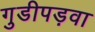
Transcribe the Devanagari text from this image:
गुडीपड़वा